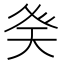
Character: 𭼾